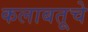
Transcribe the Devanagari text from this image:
कलाबतूचे